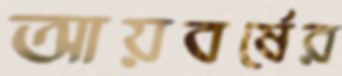
আয়বর্ষের